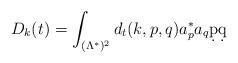
LaTeX: \begin{align*}D_k(t) =\int_{(\Lambda^*)^2 }d_t (k,p , q ) a_{p}^* a_{q} \d p \d q\end{align*}